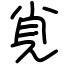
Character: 覍